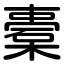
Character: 橐